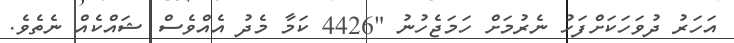
އަހަރު ދުވަހަކަށްފަހު ނެރުމަށް ހަމަޖެހުނު "4426 ކަމާ މެދު އެއްވެސް ޝައްކެއް ނެތެވެ.